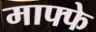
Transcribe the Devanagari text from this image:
माफ्फे